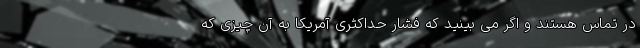
در تماس هستند و اگر می بینید که فشار حداکثری آمریکا به آن چیزی که